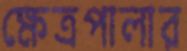
ক্ষেত্রপালার